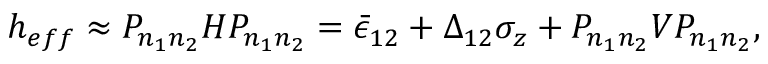
\begin{array} { r } { h _ { e f f } \approx P _ { n _ { 1 } n _ { 2 } } H P _ { n _ { 1 } n _ { 2 } } = \bar { \epsilon } _ { 1 2 } + \Delta _ { 1 2 } \sigma _ { z } + P _ { n _ { 1 } n _ { 2 } } V P _ { n _ { 1 } n _ { 2 } } , } \end{array}